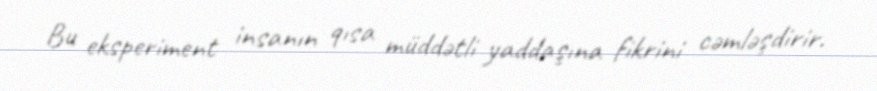
Bu eksperiment insanın qısa müddətli yaddaşına fikrini cəmləşdirir.